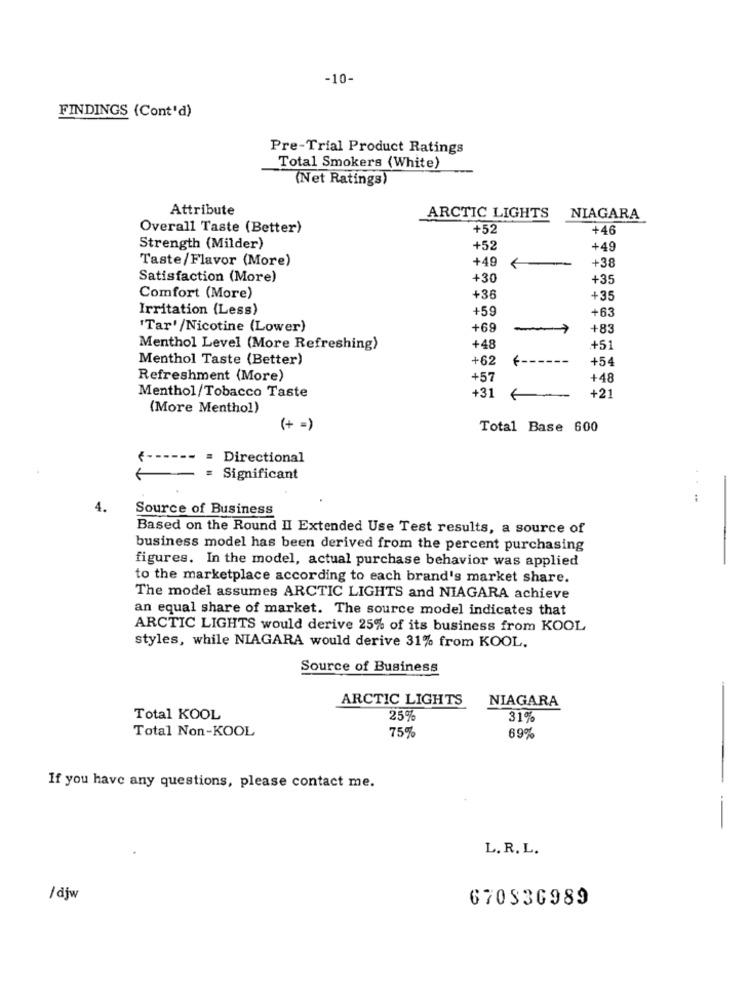
-10-
FINDINGS (Cont'd)
Pre-Trial Product Ratings
Total Smokers (White)
(Net Ratings)
Attribute
ARCTIC LIGHTS
NIAGARA
Overall Taste (Better)
+52
+46
Strength (Milder)
+52
+49
Taste/Flavor (More)
+49
+38
Satisfaction (More)
+30
+35
Comfort (More)
+36
+35
Irritation (Less)
+59
+63
'Tar' /Nicotine (Lower)
+69
+83
Menthol Level (More Refreshing)
+48
+51
Menthol Taste (Better)
+62
+54
Refreshment (More)
+57
+48
+31
+21
Menthol/Tobacco Taste
(More Menthol)
(+ =)
Total Base 600
= Directional
= Significant
4.
Source of Business
Based on the Round II Extended Use Test results, a source of
business model has been derived from the percent purchasing
figures. In the model, actual purchase behavior was applied
to the marketplace according to each brand's market share.
The model assumes ARCTIC LIGHTS and NIAGARA achieve
an equal share of market. The source model indicates that
ARCTIC LIGHTS would derive 25% of its business from KOOL
styles, while NIAGARA would derive 31% from KOOL.
Source of Business
ARCTIC LIGHTS
NIAGARA
-
Total KOOL
25%
31%
Total Non-KOOL
75%
69%
If you have any questions, please contact me.
L. R. L.
/djw
670336989